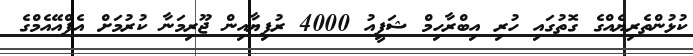
ކުޅުންތެރިޔެއްގެ ގޮތުގައި ހުރި އިބްރާހިމް ޝަފީއު 4000 ރުފިޔާއިން ޖޫރިމަނާ ކުރުމަށް އެފްއޭއެމްގެ